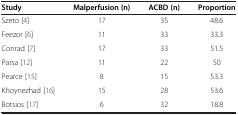
<table><thead><tr><td><b>Study</b></td><td><b>Malperfusion (n)</b></td><td><b>ACBD (n)</b></td><td><b>Proportion</b></td></tr></thead><tbody><tr><td>Szeto [4]</td><td>17</td><td>35</td><td>48.6</td></tr><tr><td>Feezor [6]</td><td>11</td><td>33</td><td>33.3</td></tr><tr><td>Conrad [7]</td><td>17</td><td>33</td><td>51.5</td></tr><tr><td>Parsa [12]</td><td>11</td><td>22</td><td>50</td></tr><tr><td>Pearce [15]</td><td>8</td><td>15</td><td>53.3</td></tr><tr><td>Khoynezhad [16]</td><td>15</td><td>28</td><td>53.6</td></tr><tr><td>Botsios [17]</td><td>6</td><td>32</td><td>18.8</td></tr></tbody></table>